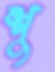
শু